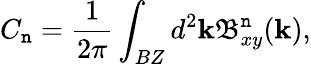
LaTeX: C_{\mathtt{n}}=\frac{{1}}{{2\pi}}\int_{BZ}d^{2}\mathbf{{k}}\mathbf{{\mathfrak{{B}}}}_{xy}^{\mathtt{n}}(\mathbf{{k}}),